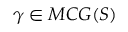
\gamma \in M C G ( S )